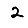
Digit: 2